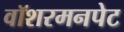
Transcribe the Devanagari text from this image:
वॉशरमनपेट